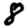
Digit: 8